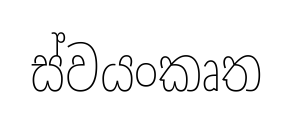
ස්වයංකෘත